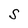
Character: S